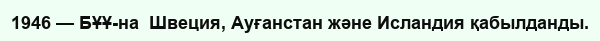
1946 — БҰҰ-на  Швеция, Ауғанстан және Исландия қабылданды.